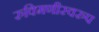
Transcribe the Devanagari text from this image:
रुक्मिणीस्वरुप